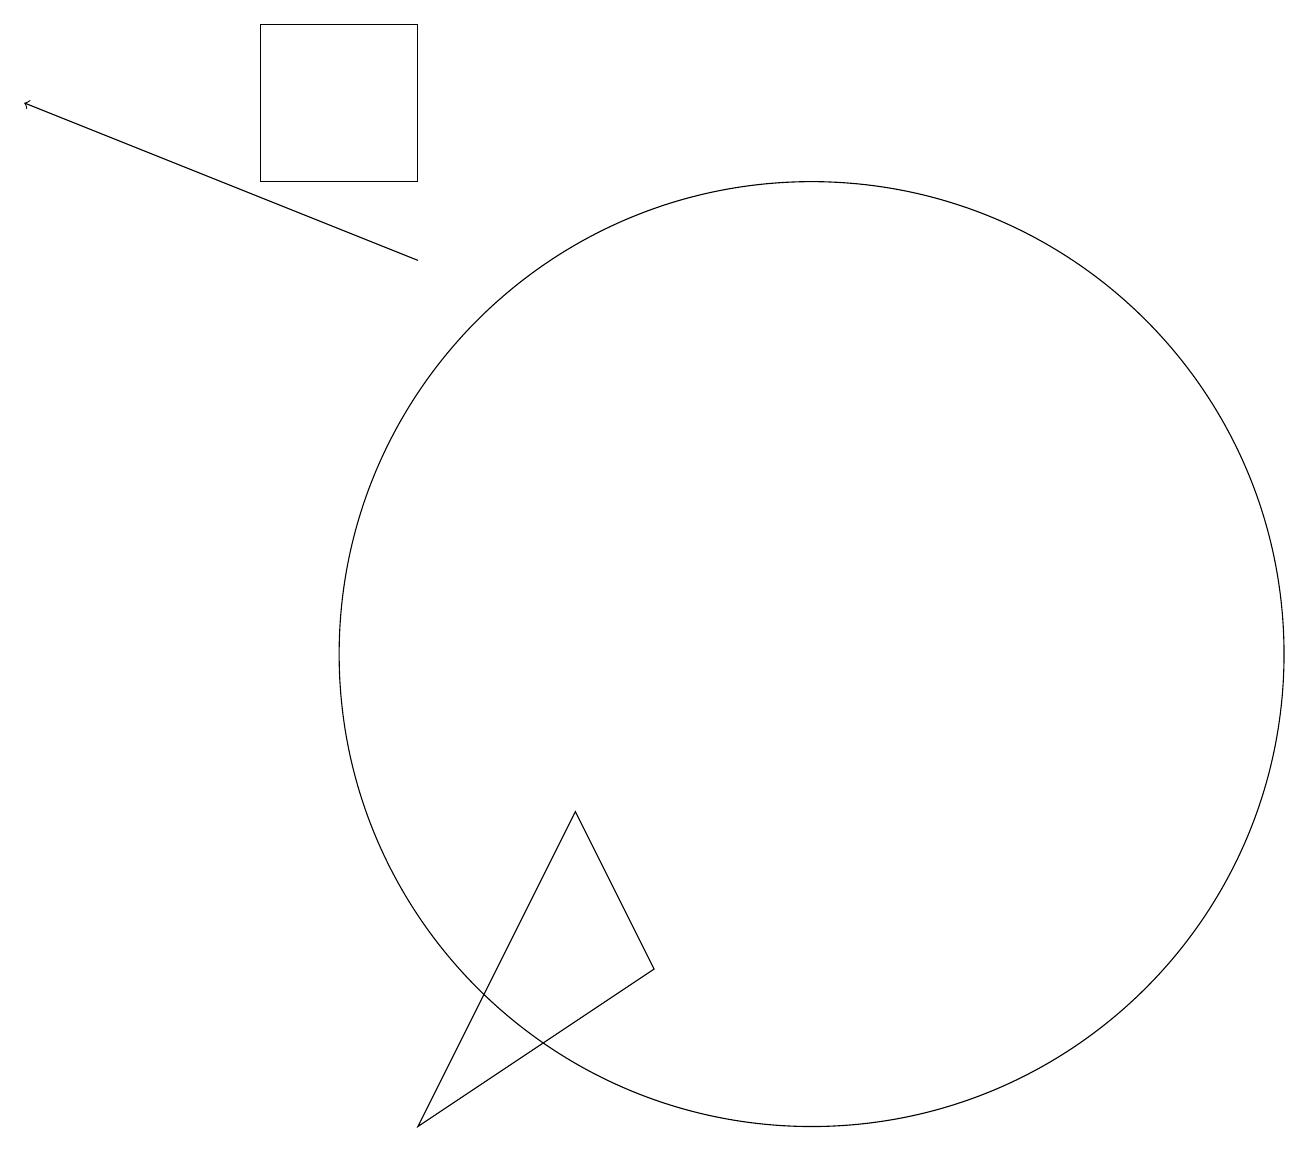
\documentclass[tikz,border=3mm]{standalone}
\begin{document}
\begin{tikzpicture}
\draw[->] (6,15) -- (1,17);
\draw (6,4) -- (8,8) -- (9,6) -- cycle;
\draw (4,16) rectangle (6,18);
\draw (11,10) circle (6);
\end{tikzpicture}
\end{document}